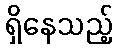
ရှိနေသည့်